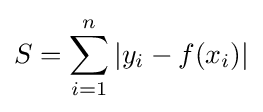
S=\sum _{i=1}^{n}|y_{i}-f(x_{i})|